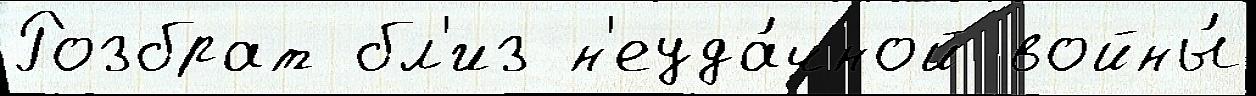
Розбрат бл'из н'еуда́чной войны́